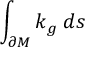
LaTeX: \int _ { \partial M } k _ { g } \; d s